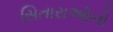
સિતારાઑનો